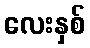
လေးနှစ်